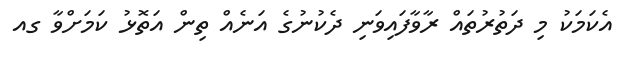
އެކަމަކު މި ދަތުރުތައް ރާވާފައިވަނި ދެކުނުގެ އަނެއް ތިން އަތޮޅު ކަމަށްވާ ގއ